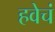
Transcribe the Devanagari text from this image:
हवेचं